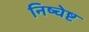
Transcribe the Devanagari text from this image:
निष्चेष्ट